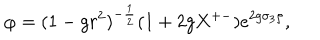
\varphi = ( 1 - g r ^ { 2 } ) ^ { - { \frac { 1 } { 2 } } } ( 1 + 2 g X ^ { + - } ) e ^ { 2 g \sigma _ { 3 } \rho } ,